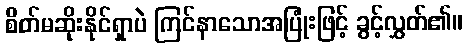
စိတ်မဆိုးနိုင်ရှာပဲ ကြင်နာသောအပြုံးဖြင့် ခွင့်လွှတ်၏။